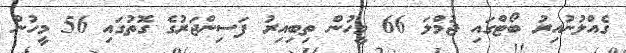
ގެއްލުނުއިރު ބޯޓްގައި ޖުމްލަ 66 މީހުން ތިބިއިރު ފަސިންޖަރުގެ ގޮތުގައި 56 މީހުން